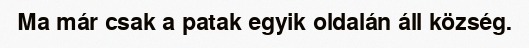
Ma már csak a patak egyik oldalán áll község.